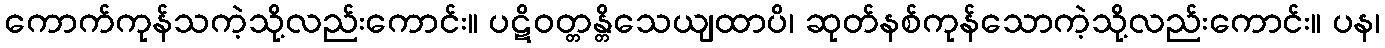
ကောက်ကုန်သကဲ့သို့လည်းကောင်း။ ပဋိဝတ္တန္တိသေယျထာပိ၊ ဆုတ်နစ်ကုန်သောကဲ့သို့လည်းကောင်း။ ပန၊